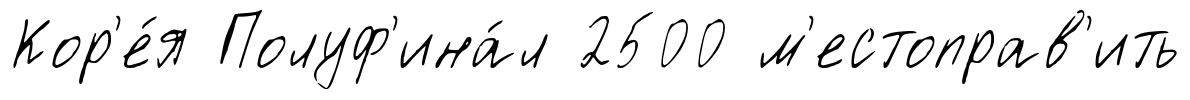
Кор'е́я Полуф'ина́л 2500 м'естоправ'ить